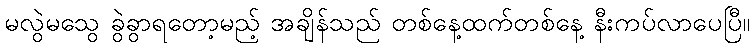
မလွဲမသွေ ခွဲခွာရတော့မည့် အချိန်သည် တစ်နေ့ထက်တစ်နေ့ နီးကပ်လာပေပြီ။